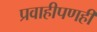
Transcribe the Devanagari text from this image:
प्रवाहीपणही